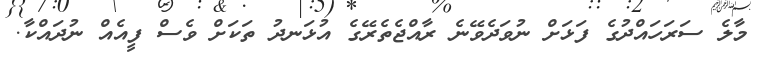
މާލެ ސަރަހައްދުގެ ފަޅަށް ނުވަދެވޭނެ ރާއްޖެތެރޭގެ އުޅަނދު ތަކަށް ވެސް ފީއެއް ނުދައްކާ.